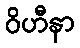
ဝိဟီနာ